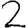
Digit: 2